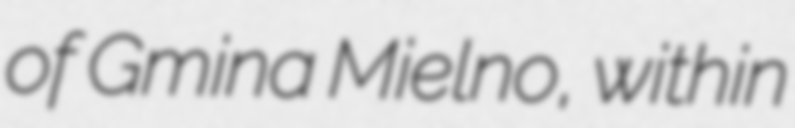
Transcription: of Gmina Mielno, within